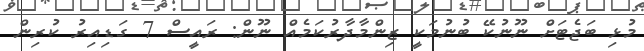
މުޅި ބަޖެޓަށް ނޫނުކޭ ބުނުމަކީ ޒިންމާދާރުކަމެއް ނޫން: ރައީސް 7 ގަޑިއިރު ކުރިން